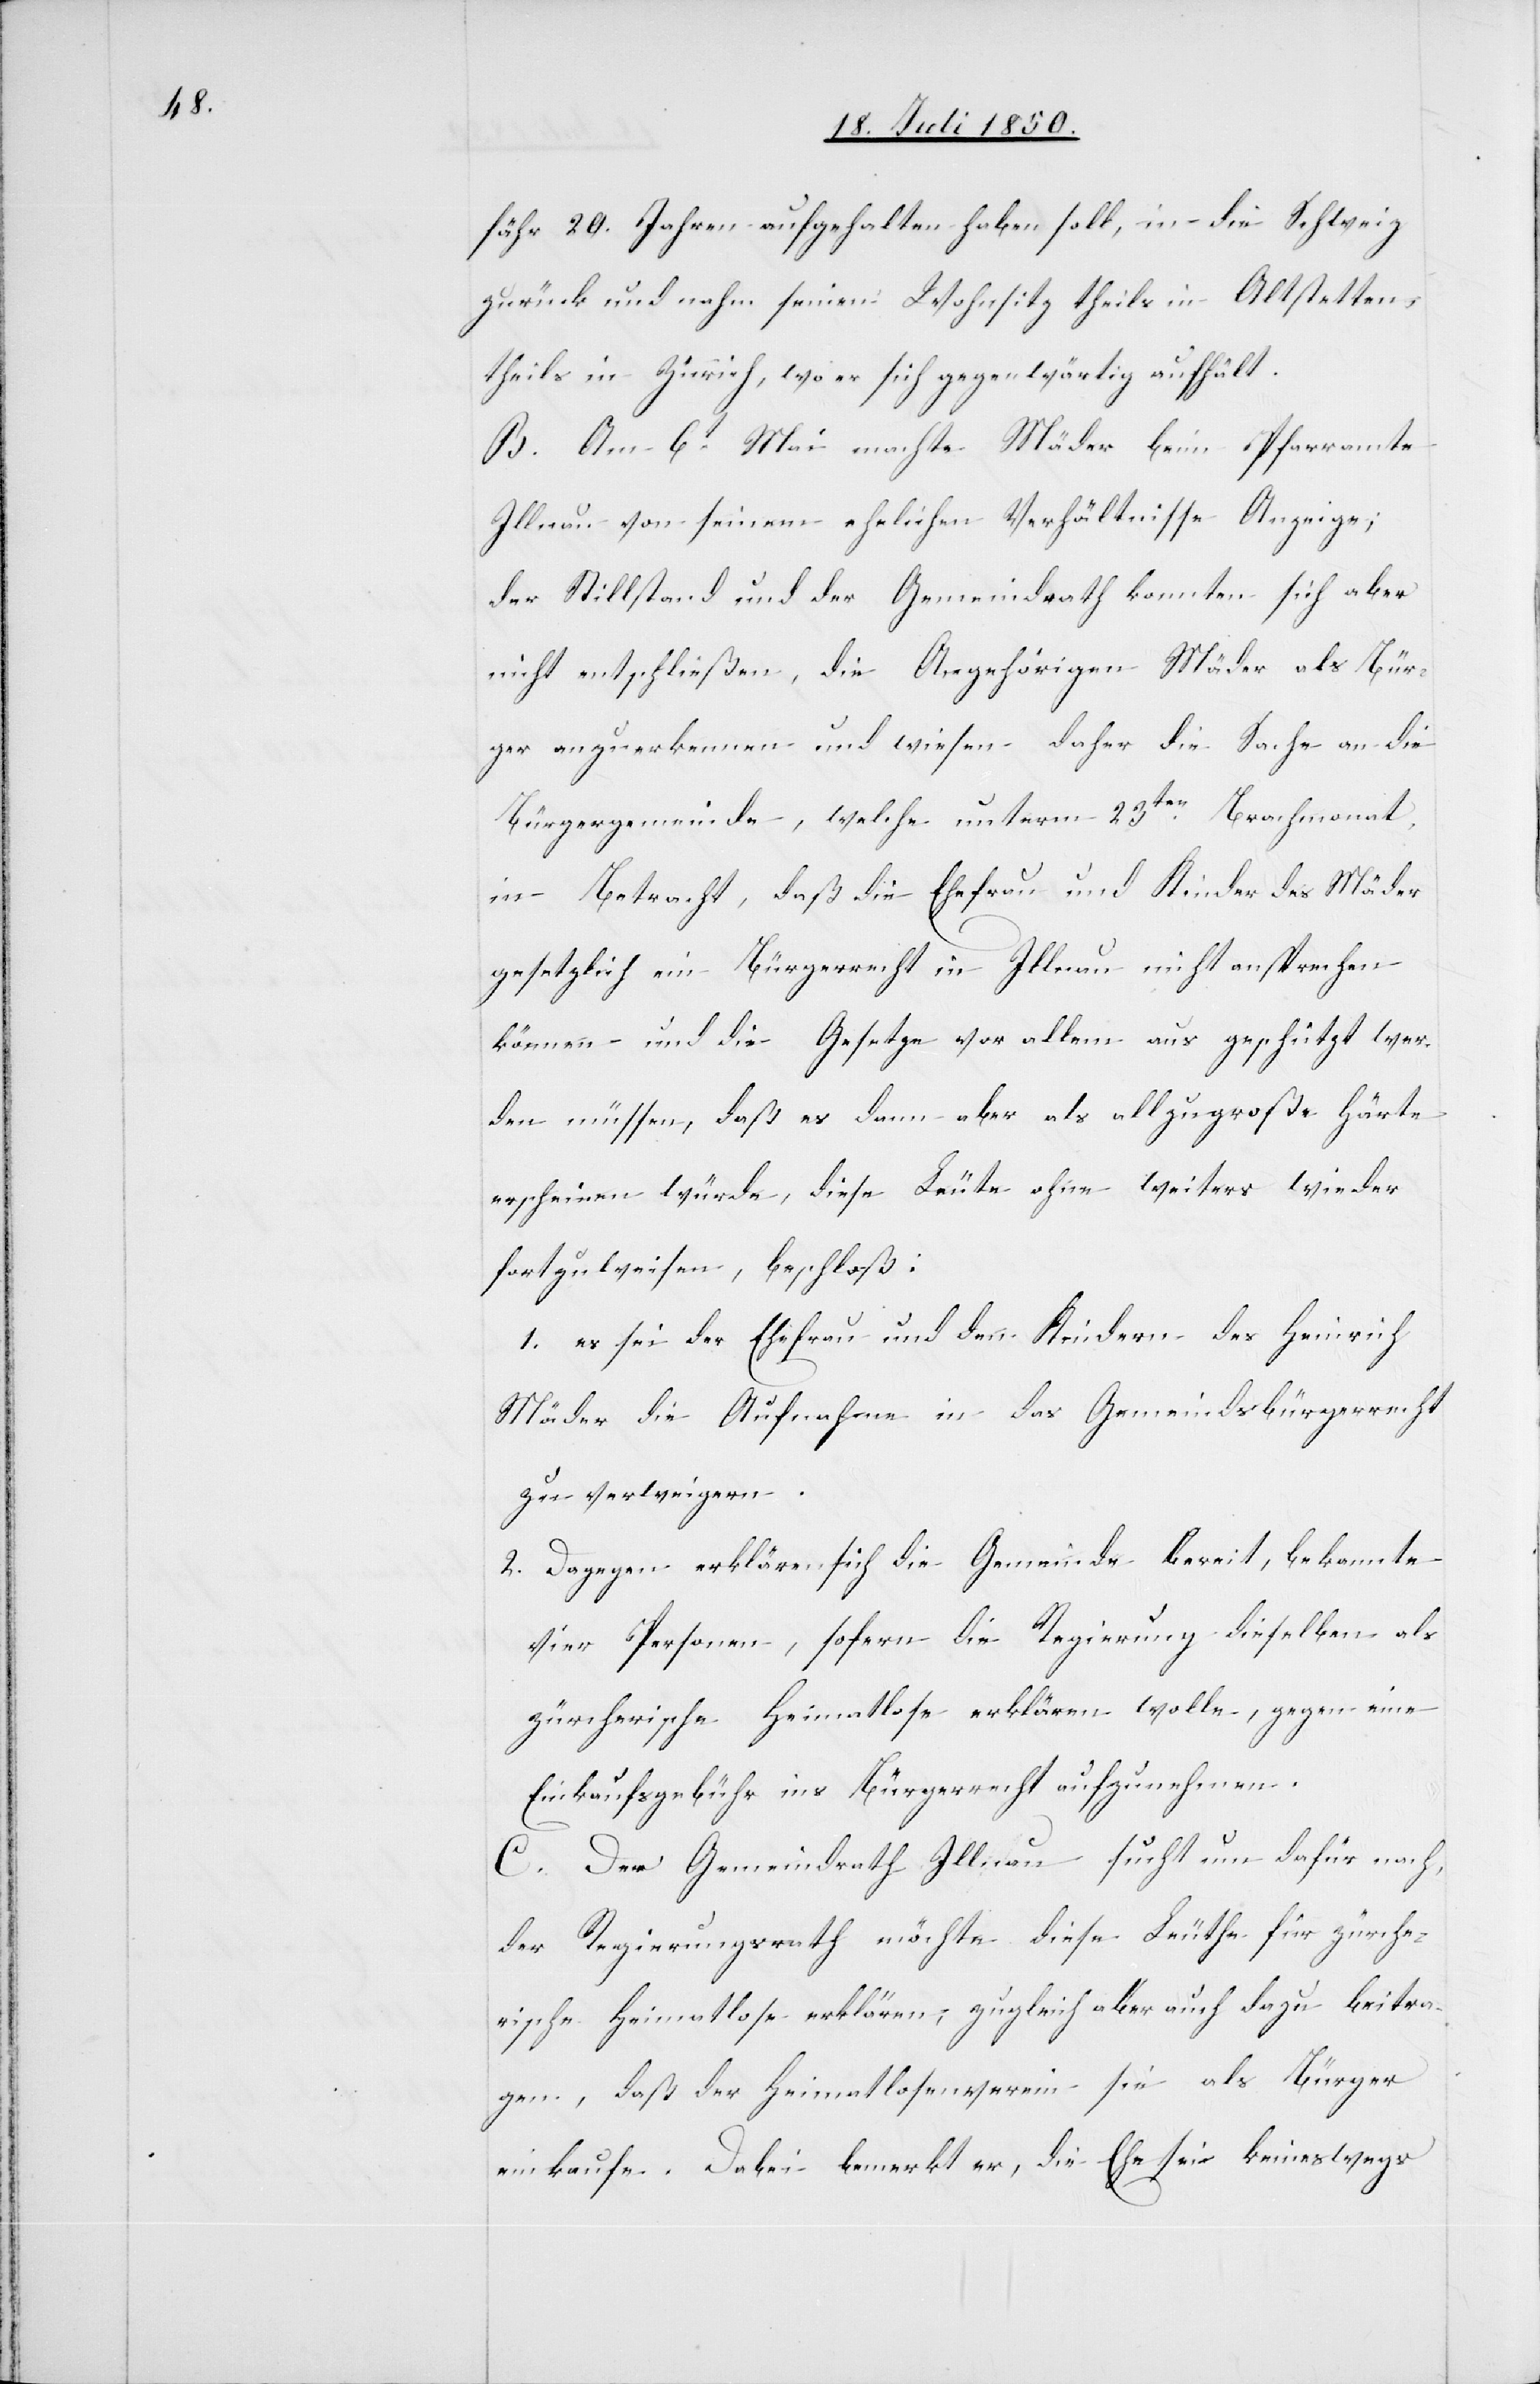
fähr 20. Jahren aufgehalten haben soll, in die Schweiz
zurück und nahm seinen Wohnsitz theils in Altstetten,
theils in Zürich, wo er sich gegenwärtig aufhält.
B. Am 6t Mai machte Mäder beim Pfarramte
Illnau von seinem ehelichen Verhältnisse Anzeige;
der Stillstand und der Gemeindrath konnten sich aber
nicht entschließen, die Angehörigen Mäderals Bür¬
ger anzuerkennen und wiesen daher die Sache an die
Bürgergemeinde, welche unterm 23ten Brachmonat,
in Betracht, daß die Ehefrau und Kinder des Mäder
gesetzlich ein Bürgerrecht in Illnau nicht ansprechen
können – und die Gesetze vor allem aus geschützt wer¬
den müssen, daß es dann aber als allzugroße Härte
erscheinen würde, diese Leute ohne weiters wieder
fortzuweisen, beschloß:
1. es sei der Ehefrau und den Kindern des Heinrich
Mäder die Aufnahme in das Gemeindsbürgerrecht
zu verweigern.
2. Dagegen erkläre sich die Gemeinde bereit, bekannte
vier Personen, sofern die Regierung dieselben als
zürcherische Heimatlose erklären wolle, gegen eine
Einkaufsgebühr ins Bürgerrecht aufzunehmen.
C. Der Gemeindrath Illnau sucht um [sic!] dafür nach,
der Regierungsrath möchte diese Leuthe für zürche¬
rische Heimatlose erklären; zugleich aber auch dazu beitra¬
gen, daß der Heimatlosenverein sie als Bürger
einkaufe. Dabei bemerkt er, die Ehe sei keineswegs